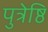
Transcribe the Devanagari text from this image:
पुत्रेष्ठि